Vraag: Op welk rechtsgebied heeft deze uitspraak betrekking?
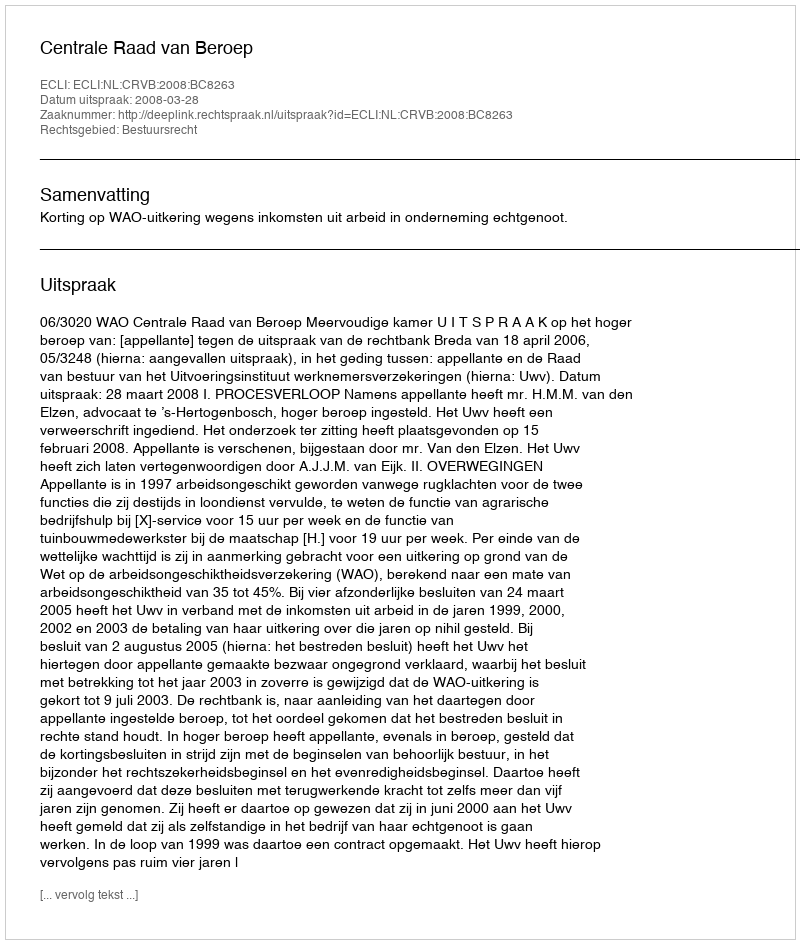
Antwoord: Bestuursrecht